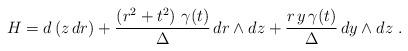
LaTeX: \begin{align*}H=d\left(z\,dr\right)+\frac{\left(r^2+t^2\right)\,\gamma(t)}{\Delta} \,dr\wedge dz + \frac{r\,y\,\gamma (t)}{\Delta}\,dy\wedge dz\ .\end{align*}